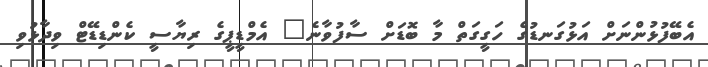
އެބޭފުޅުންނަށް އަޅުގަނޑުގެ ހަގީގަތް މާ ބޮޑަށް ސާފުވާނެ" އެމްޑީޕީގެ ރިޔާސީ ކެންޑިޑޭޓް ވިދާޅުވި